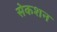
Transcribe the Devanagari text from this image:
सेकशन